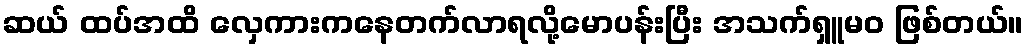
ဆယ် ထပ်အထိ လှေကားကနေတက်လာရလို့မောပန်းပြီး အသက်ရှူမဝ ဖြစ်တယ်။